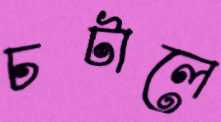
চটালে